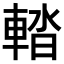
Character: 𨌭